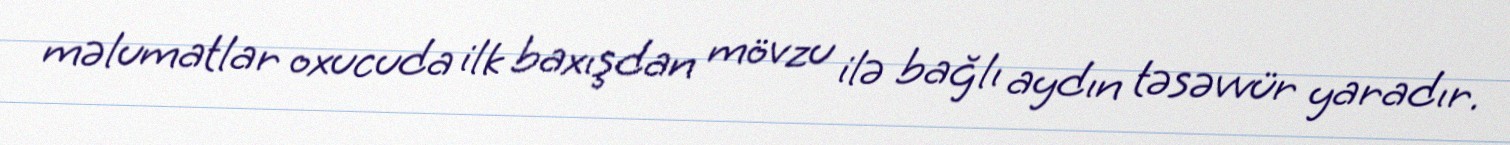
məlumatlar oxucuda ilk baxışdan mövzu ilə bağlı aydın təsəvvür yaradır.